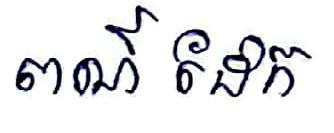
ពណ៍ ដែក